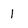
Character: 1